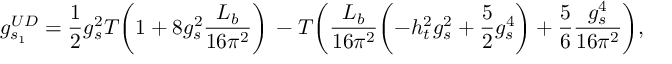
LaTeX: g _ { s _ { 1 } } ^ { U D } = { \frac { 1 } { 2 } } g _ { s } ^ { 2 } T \biggl ( 1 + 8 g _ { s } ^ { 2 } { \frac { L _ { b } } { 1 6 \pi ^ { 2 } } } \biggr ) \nonumber \, - T \biggl ( { \frac { L _ { b } } { 1 6 \pi ^ { 2 } } } \biggl ( - h _ { t } ^ { 2 } g _ { s } ^ { 2 } + { \frac { 5 } { 2 } } g _ { s } ^ { 4 } \biggr ) + { \frac { 5 } { 6 } } { \frac { g _ { s } ^ { 4 } } { 1 6 \pi ^ { 2 } } } \biggr ) ,